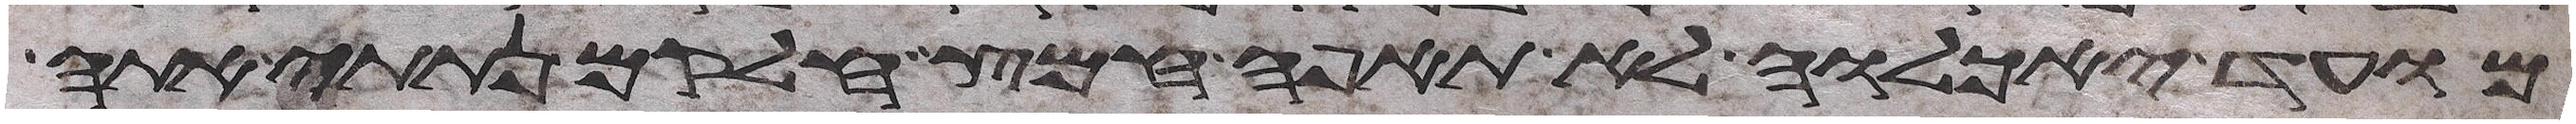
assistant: מועד יאכלוה לא תאפה חמץ חלקם נתתי אתה